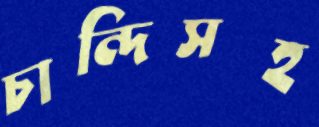
চান্দিসহ